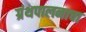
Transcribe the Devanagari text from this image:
ग्रंथपालनाचा